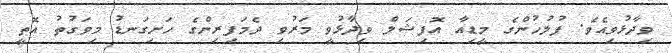
ވިދާޅުވިއެވެ. ފުލުހުންގެ މީޑިއާ އޮފިޝަލް ވިދާޅުވީ މަރުވި ދެމަފިރިންގެ ހަށިގަނޑު މިވަގުތު އޮތީ